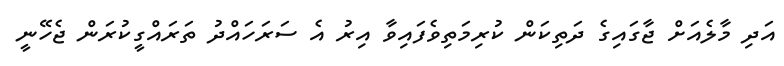
އަދި މާލެއަށް ޖާގައިގެ ދަތިކަން ކުރިމަތިވެފައިވާ އިރު އެ ސަރަހައްދު ތަރައްގީކުރަން ޖެހޭނީ